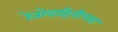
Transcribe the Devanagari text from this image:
रेतोवाहिनीच्या